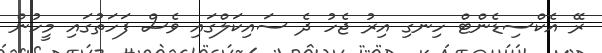
ރޭ އެކްސިޑެންޓް ހިނގި އިރު ޖެހު ދެ ސައިކަލްގައި ވެސް ފަހަތުގައި މީހުން